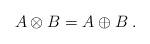
LaTeX: \begin{align*}A\otimes B=A\oplus B\;.\end{align*}